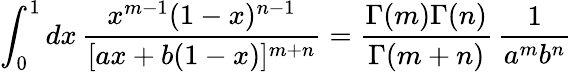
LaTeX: \int_{0}^{1}dx\, {\frac{x^{m-1}(1-x)^{n-1}}{[ax+b(1-x)]^{m+n}}}={\frac{\Gamma(m)\Gamma(n)}{\Gamma(m+n)}}\, {\frac{1}{a^{m}b^{n}}}